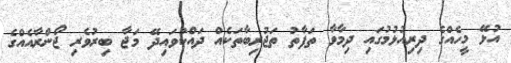
އުޅޭ މީހެއްގެ ދިރިއުޅުމުގައި ދިމާވާ ތަފާތު ތަޖުރިބާތަކެއް ދައްކުވައިދޭ މަޖާ ބިރުވެރި ޖޯންރާއެއްގެ